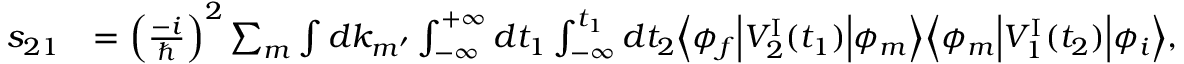
\begin{array} { r l } { s _ { 2 1 } } & { = \Big ( \frac { - i } { \hbar } \Big ) ^ { 2 } \sum _ { m } \int d k _ { m ^ { \prime } } \int _ { - \infty } ^ { + \infty } d t _ { 1 } \int _ { - \infty } ^ { t _ { 1 } } d t _ { 2 } \Big \langle \phi _ { f } \Big \vert { \cal V } _ { 2 } ^ { \mathrm { I } } ( t _ { 1 } ) \Big \vert \phi _ { m } \Big \rangle \Big \langle \phi _ { m } \Big \vert { \cal V } _ { 1 } ^ { \mathrm { I } } ( t _ { 2 } ) \Big \vert \phi _ { i } \Big \rangle , } \end{array}